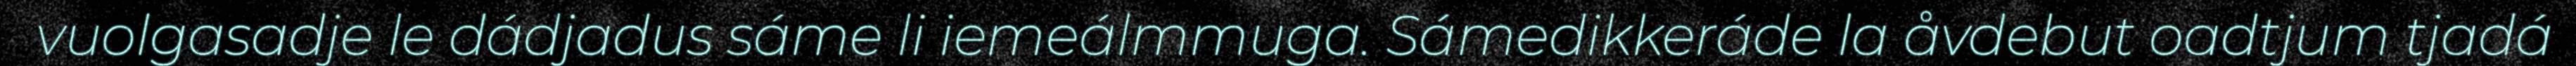
vuolgasadje le dádjadus sáme li iemeálmmuga. Sámedikkeráde la åvdebut oadtjum tjadá